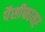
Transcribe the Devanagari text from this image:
पैसीफायर